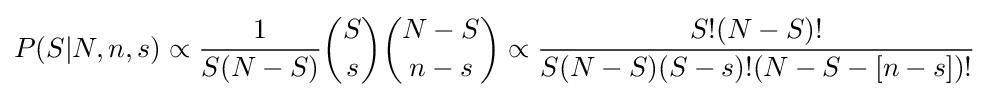
P(S|N,n,s)\propto {1 \over S(N-S)}{S \choose s}{N-S \choose n-s}\propto {S!(N-S)! \over S(N-S)(S-s)!(N-S-[n-s])!}